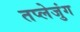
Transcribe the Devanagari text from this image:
तप्लेजुंग